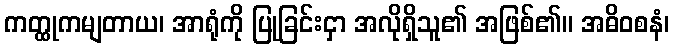
ကတ္ထုကမျတာယ၊ အာရုံကို ပြုခြင်းငှာ အလိုရှိသူ၏ အဖြစ်၏။ အဓိဝစနံ၊